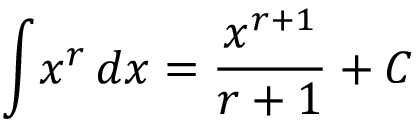
\int \! x ^ { r } \, d x = { \frac { x ^ { r + 1 } } { r + 1 } } + C